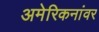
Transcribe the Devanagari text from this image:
अमेरिकनांवर